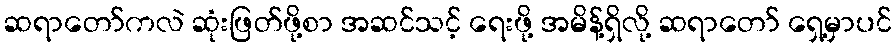
ဆရာတော်ကလဲ ဆုံးဖြတ်ဖို့စာ အဆင်သင့် ရေးဖို့ အမိန့်ရှိလို့ ဆရာတော် ရှေ့မှာပင်